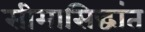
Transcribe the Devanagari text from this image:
सीमासिद्धांत